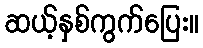
ဆယ့်နှစ်ကွက်ပြေး။